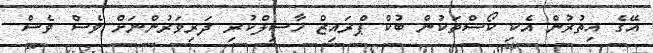
އޭގެ އިތުރުން އެކި ކޯސްތަކުން ބުކް ޕްރައިޒް ހާސިލްކުރި ދަރިވަރުންނަށް ވެސް ވެސް